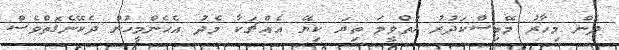
ދެން މިހާރު މޭބިސްކަދުރު ހުތްވީމަ ތިޔަ ކިޔޭ އެއްޗަކާ މެދު އެހެންމީހުން ދެކޭނެގޮތްވެސް